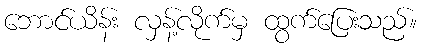
ဘောင်ယိန်း လှန့်လိုက်မှ ထွက်ပြေးသည်။